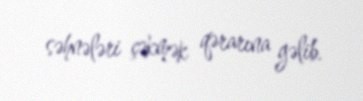
səhnələri çəkmək qərarına gəlib.